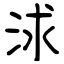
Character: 浗